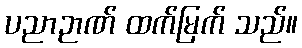
ပညာဉာဏ် ထက်မြက် သည်။